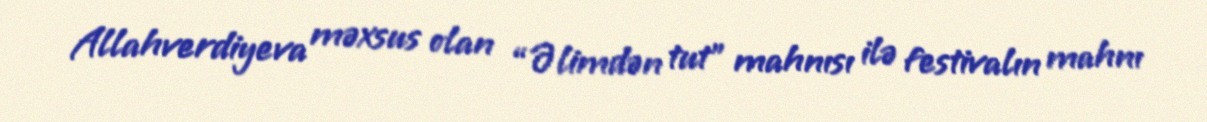
Allahverdiyeva məxsus olan “Əlimdən tut” mahnısı ilə festivalın mahnı